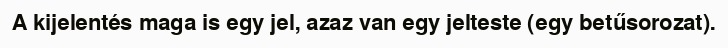
A kijelentés maga is egy jel, azaz van egy jelteste (egy betűsorozat).